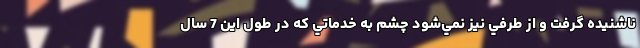
ناشنيده گرفت و از طرفي نيز نمي‌شود چشم به خدماتي كه در طول اين 7 سال